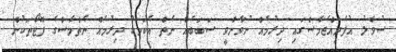
ސުވާލު އުފެދިއްޖެމާސްގައި ދިރުމެއް ނުވާންވީ ސަބަބެއް ނެތް އެކަމަކު ދިރުމެއް ނެތްމާސްގެ ފޮޓޯތަކުން